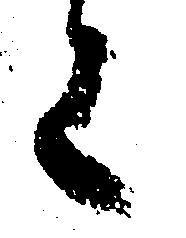
上